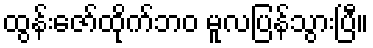
ထွန်းဇော်ထိုက်ဘဝ မူလပြန်သွားပြီ။